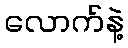
လောက်နဲ့